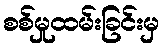
စစ်မှုထမ်းခြင်းမှ